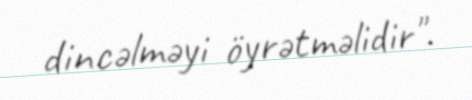
dincəlməyi öyrətməlidir".